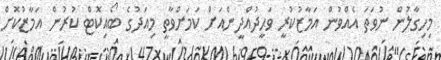
މިހިގާލުން ނުވަތަ އެއްވުން އަމާޒުކުރީ ވަޙީދުއްދީންއަށް ކަމަށްވާތީ މިއަދުގެ ބޯއިކޮޓް ކުރުން އަމާޒުކޮށް